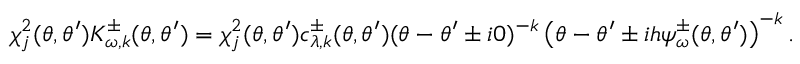
\chi _ { j } ^ { 2 } ( \theta , \theta ^ { \prime } ) K _ { \omega , k } ^ { \pm } ( \theta , \theta ^ { \prime } ) = \chi _ { j } ^ { 2 } ( \theta , \theta ^ { \prime } ) c _ { \lambda , k } ^ { \pm } ( \theta , \theta ^ { \prime } ) ( \theta - \theta ^ { \prime } \pm i 0 ) ^ { - k } \left( \theta - \theta ^ { \prime } \pm i h \psi _ { \omega } ^ { \pm } ( \theta , \theta ^ { \prime } ) \right) ^ { - k } .